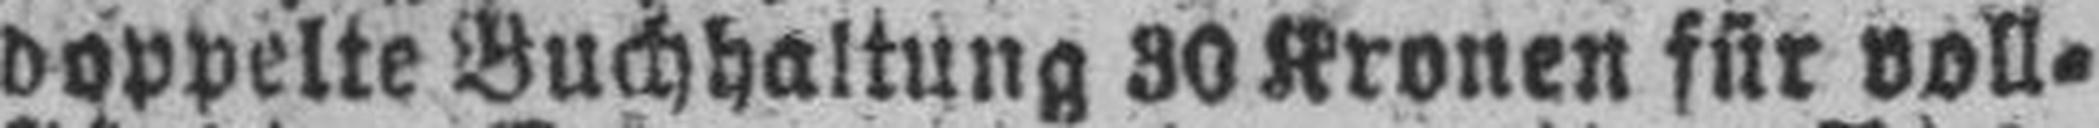
doppelte Buchhaltung 30 Kronen für voll¬